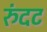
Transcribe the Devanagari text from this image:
रुंदट